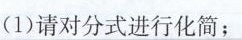
(1)请对分式进行化简；